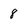
Character: 8